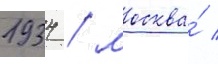
1934 / москва́ /